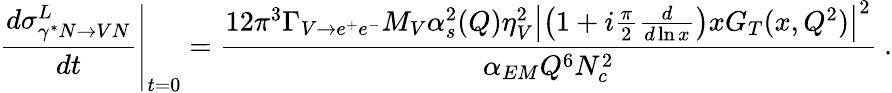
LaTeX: \left.{\frac{d\sigma_{\gamma^{*}N\rightarrow VN}^{L}}{dt}}\right|_{t=0}={\frac{12\pi^{3}\Gamma_{V\rightarrow e^{+}e^{-}}M_{V}\alpha_{s}^{2}(Q)\eta_{V}^{2}\left|\left(1+i{\frac{\pi}{2}}{\frac{d}{d\ln x}}\right)xG_{T}(x,Q^{2})\right|^{2}}{\alpha_{EM}Q^{6}N_{c}^{2}}}\ .